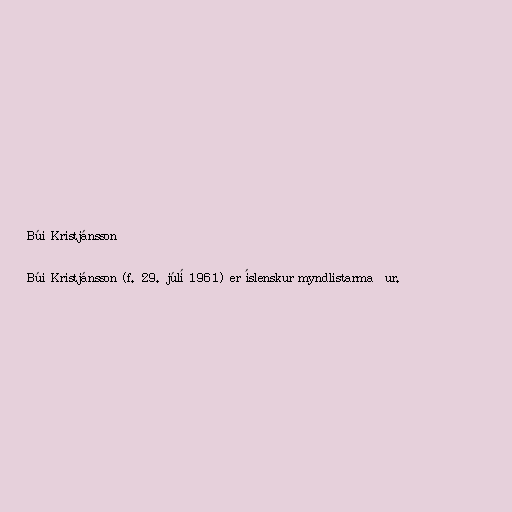
Búi Kristjánsson

Búi Kristjánsson (f. 29. júlí 1961) er íslenskur myndlistarmaður.